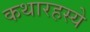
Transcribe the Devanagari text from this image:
कथारहस्ये